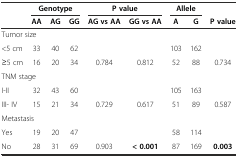
<table><thead><tr><td rowspan="2"></td><td colspan="3"><b>Genotype</b></td><td colspan="2"><b>P value</b></td><td colspan="2"><b>Allele</b></td><td></td></tr><tr><td><b>AA</b></td><td><b>AG</b></td><td><b>GG</b></td><td><b>AG vs AA</b></td><td><b>GG vs AA</b></td><td><b>A</b></td><td><b>G</b></td><td><b>P value</b></td></tr></thead><tbody><tr><td colspan="9">Tumor size</td></tr><tr><td>&lt;5 cm</td><td>33</td><td>40</td><td>62</td><td></td><td></td><td>103</td><td>162</td><td></td></tr><tr><td>≥5 cm</td><td>16</td><td>20</td><td>34</td><td>0.784</td><td>0.812</td><td>52</td><td>88</td><td>0.734</td></tr><tr><td colspan="9">TNM stage</td></tr><tr><td>I-II</td><td>32</td><td>43</td><td>60</td><td></td><td></td><td>105</td><td>163</td><td></td></tr><tr><td>III- IV</td><td>15</td><td>21</td><td>34</td><td>0.729</td><td>0.617</td><td>51</td><td>89</td><td>0.587</td></tr><tr><td colspan="9">Metastasis</td></tr><tr><td>Yes</td><td>19</td><td>20</td><td>47</td><td></td><td></td><td>58</td><td>114</td><td></td></tr><tr><td>No</td><td>28</td><td>31</td><td>69</td><td>0.903</td><td><b>&lt; 0.001</b></td><td>87</td><td>169</td><td><b>0.003</b></td></tr></tbody></table>